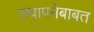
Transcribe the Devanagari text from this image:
स्थापनेबाबत